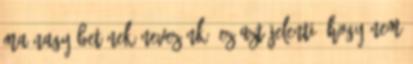
ma nagy betűnek nevezünk. Ez azt jelenti, hogy nem